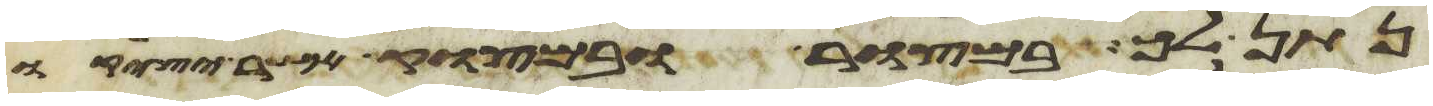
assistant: נתן לך במצור ובמצוק אשר יציק